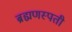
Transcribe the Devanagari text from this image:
ब्रह्मणस्पती